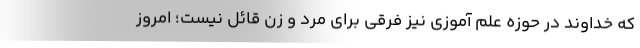
که خداوند در حوزه علم آموزی نیز فرقی برای مرد و زن قائل نیست؛ امروز